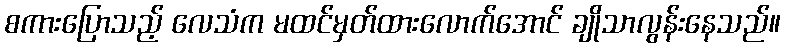
စကားပြောသည့် လေသံက မထင်မှတ်ထားလောက်အောင် ချိုသာလွန်းနေသည်။